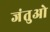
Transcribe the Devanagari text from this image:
जंतुओ